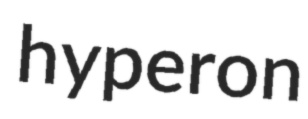
hyperon